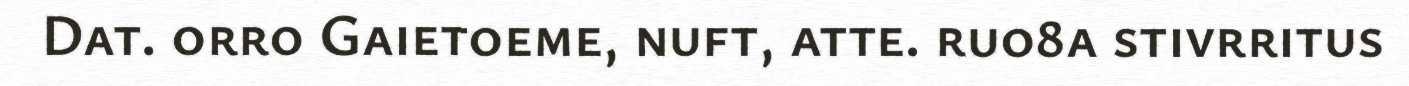
Dat. orro Gaietoeme, nuft, atte. ruo8a stivrritus